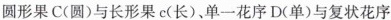
圆形果C(圆)与长形果c(长)，单一花序D(单)与复状花序